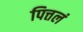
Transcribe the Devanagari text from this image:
पित्तलं